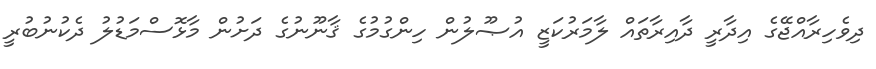
ދިވެހިރާއްޖޭގެ އިދާރީ ދާއިރާތައް ލާމަރުކަޒީ އުޞޫލުން ހިންގުމުގެ ޤާނޫނުގެ ދަށުން މާޅޮސްމަޑުލު ދެކުނުބުރީ